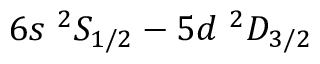
6 s ~ ^ { 2 } S _ { 1 / 2 } - 5 d ~ ^ { 2 } D _ { 3 / 2 }